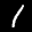
Label: 1